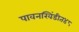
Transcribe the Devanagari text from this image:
पावनखिंडीत४८